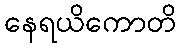
နေရယိကောတိ